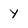
Character: Y